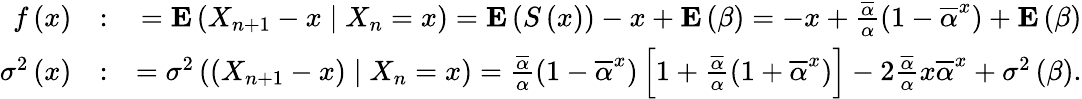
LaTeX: \begin{array}{rlr}{f\left(x\right)}&{:}&{={\mathbf E}\left(X_{n+1}-x\mid X_{n}=x\right)={\mathbf E}\left(S\left(x\right)\right)-x+{\mathbf E}\left(\beta\right)=-x+\frac{\overline{{\alpha}}}{\alpha}\left(1-\overline{{\alpha}}^{x}\right)+{\mathbf E}\left(\beta\right)}\\ {\sigma^{2}\left(x\right)}&{:}&{=\sigma^{2}\left(\left(X_{n+1}-x\right)\mid X_{n}=x\right)=\frac{\overline{{\alpha}}}{\alpha}\left(1-\overline{{\alpha}}^{x}\right)\left[1+\frac{\overline{{\alpha}}}{\alpha}\left(1+\overline{{\alpha}}^{x}\right)\right]-2\frac{\overline{{\alpha}}}{\alpha}x\overline{{\alpha}}^{x}+\sigma^{2}\left(\beta\right).}\end{array}